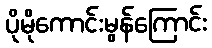
ပိုမိုကောင်းမွန်ကြောင်း